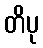
တိပု